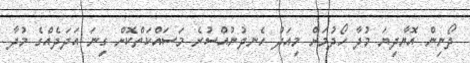
ދޯނިން އޮޔާދިޔަ މުދާ ހޯދުމަށް މިއަދު ހެނދުނުއްސުރެ މަސައްކަތްކޮށް ގިނަ އަދަދެއްގެ މުދާ